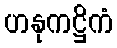
ဟနုကဋ္ဌိကံ